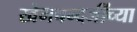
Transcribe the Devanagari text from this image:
खेमचन्दजींच्या